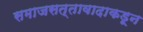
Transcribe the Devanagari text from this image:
समाजसत्तावादाकडून